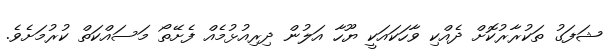
ޝަފަގު ތަކުރާރުކޮށް ދެއްކި ވާހަކައަކީ ޔޫހާ އަލުން ދިރިއުޅުމެއް ފެށޭތޯ މަސައްކަތް ކުރުމަށެވެ.